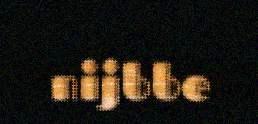
nijbbe